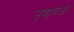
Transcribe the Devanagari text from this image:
उपादनों